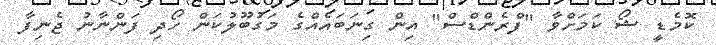
ކޮމެޑީ ޝޯ ކަމަށްވާ "ފްރެންޑްސް" އިން ގިނަބައެއްގެ މަގުބޫލުކަން ހޯދި ފަންނާނު ޖެނިފާ